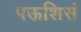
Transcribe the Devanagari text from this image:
पऊशिसं